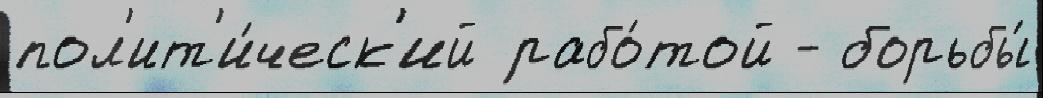
пол'ит'и́ческ'ий рабо́той - борьбы́